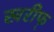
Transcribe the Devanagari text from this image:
खरीफ्